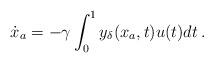
LaTeX: \begin{align*}\dot{{x}}_a = -\gamma \int_0^1 y_\delta({x}_a, t) u(t) dt \,.\end{align*}